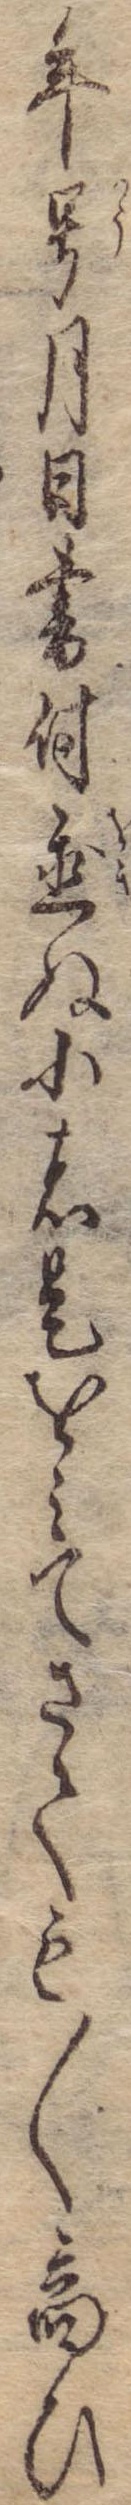
年号月日書付置ぬ小者是をみてさても〱商ひ